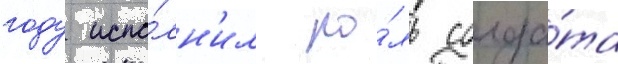
году испо́лн'ил ро́ль солда́та